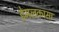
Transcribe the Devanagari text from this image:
हेमलकासा